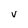
Character: V